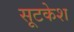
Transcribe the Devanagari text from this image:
सूटकेश